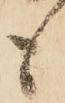
も